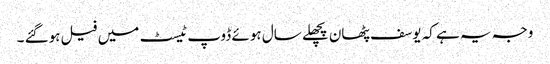
وجہ یہ ہے کہ یوسف پٹھان پچھلے سال ہوئے ڈوپ ٹیسٹ میں فیل ہوگئے ۔